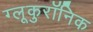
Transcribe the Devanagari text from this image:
ग्लूकुरॉनिक